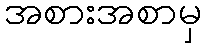
အစားအစာမှ